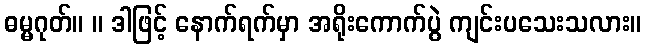
ဓမ္မဂုတ်။ ။ ဒါဖြင့် နောက်ရက်မှာ အရိုးကောက်ပွဲ ကျင်းပသေးသလား။